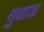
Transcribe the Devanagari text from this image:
गुवाड